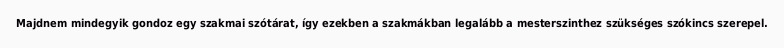
Majdnem mindegyik gondoz egy szakmai szótárat, így ezekben a szakmákban legalább a mesterszinthez szükséges szókincs szerepel.